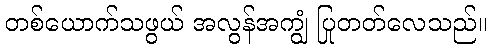
တစ်ယောက်သဖွယ် အလွန်အကျွံ ပြုတတ်လေသည်။